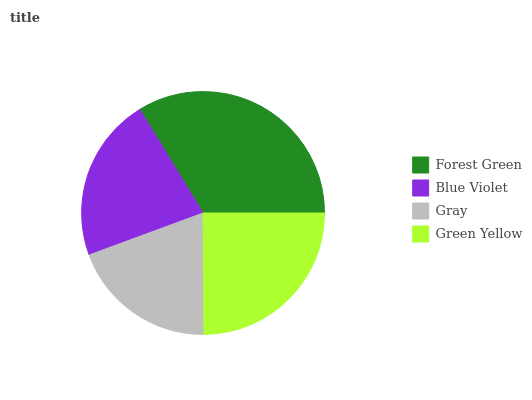
| Forest Green | Blue Violet | Gray | Green Yellow |
 | --- | --- | --- | --- |
 | 33.7% | 21.9% | 19.6% | 24.8% |